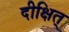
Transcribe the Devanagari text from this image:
दीक्षित्